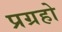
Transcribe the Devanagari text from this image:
प्रग्रहो